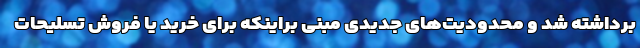
برداشته شد و محدودیت‌های جدیدی مبنی براینکه برای خرید یا فروش تسلیحات